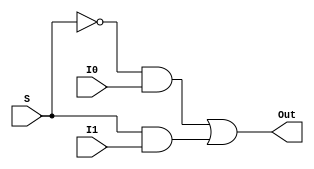
module multiplexer2to1(Out,I0, I1, S);
    input I0,I1,S;
    output Out;
    wire and_1,and_2,nS;
    not not_1_gate(nS, S);
    and and_1_gate(and_1, nS, I0);
    and and_2_gate(and_2, S , I1);
    or or_1_gate(Out, and_1, and_2);
endmodule